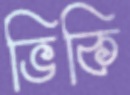
ভিকি